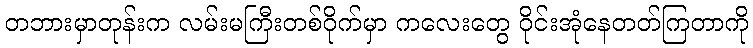
တဘားမှာတုန်းက လမ်းမကြီးတစ်ဝိုက်မှာ ကလေးတွေ ဝိုင်းအုံနေတတ်ကြတာကို